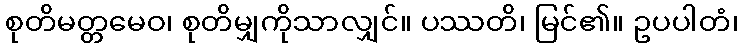
စုတိမတ္တမေဝ၊ စုတိမျှကိုသာလျှင်။ ပဿတိ၊ မြင်၏။ ဥပပါတံ၊